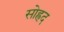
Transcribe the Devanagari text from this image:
सोह्रद